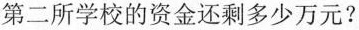
第二所学校的资金还剩多少万元?